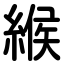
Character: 緱